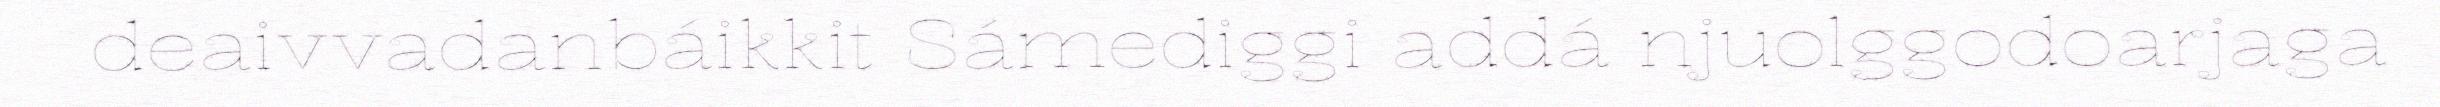
deaivvadanbáikkit Sámediggi addá njuolggodoarjaga